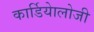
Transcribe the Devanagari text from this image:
कार्डियाेलोजी